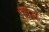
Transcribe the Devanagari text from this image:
तित्ते